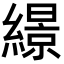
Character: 𦅡